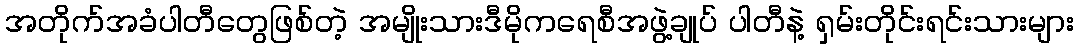
အတိုက်အခံပါတီတွေဖြစ်တဲ့ အမျိုးသားဒီမိုကရေစီအဖွဲ့ချုပ် ပါတီနဲ့ ရှမ်းတိုင်းရင်းသားများ